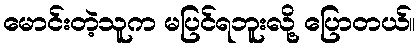
မောင်းတဲ့သူက မပြင်ရဘူးလို့ ပြောတယ်။